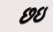
છઇ